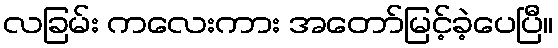
လခြမ်း ကလေးကား အတော်မြင့်ခဲ့ပေပြီ။